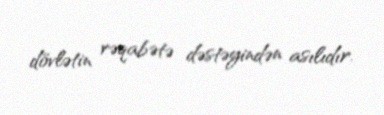
dövlətin rəqabətə dəstəyindən asılıdır.